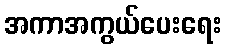
အကာအကွယ်ပေးရေး